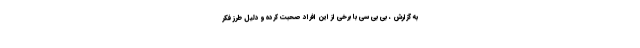
به گزارش ، بی بی سی با برخی از این افراد صحبت کرده و دلیل طرز فکر